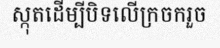
ស្កុតដើម្បីបិទលើក្រចករួច